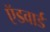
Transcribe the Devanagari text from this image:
ऍडवार्ड